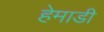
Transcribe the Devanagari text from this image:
हेमाडी